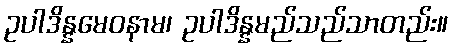
ဥပါဒိန္နမေဝနာမ၊ ဥပါဒိန္နမည်သည်သာတည်း။